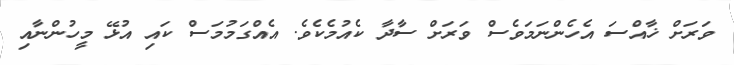
ވަރަށް ޚާއްސަ އެހެންނަމަވެސް ވަރަށް ސާދާ ކެއުމެކެވެ. އެއްގަމުމަސް ކައި އުޅޭ މީހުންނާއި